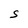
Character: S